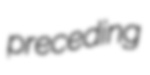
preceding